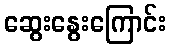
ဆွေးနွေးကြောင်း